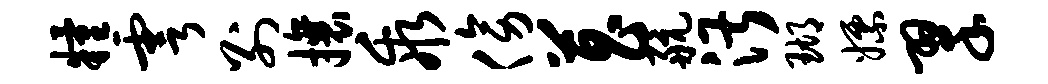
粮雩别攘乖傍菖航湛瑚嫖翠